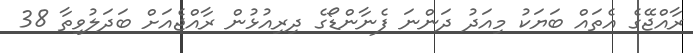
ރާއްޖޭގެ އެތައް ބަޔަކު މިއަދު ދަންނަ ފެނާންޑޯގެ ދިރިއުޅުން ރާއްޖެއަށް ބަދަލުވިތާ 38